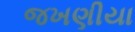
જખણીયા